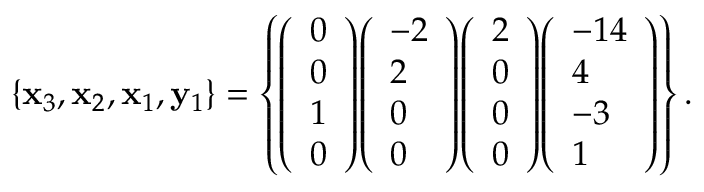
\left\{ \mathbf { x } _ { 3 } , \mathbf { x } _ { 2 } , \mathbf { x } _ { 1 } , \mathbf { y } _ { 1 } \right\} = \left\{ { \left( \begin{array} { l } { 0 } \\ { 0 } \\ { 1 } \\ { 0 } \end{array} \right) } { \left( \begin{array} { l } { - 2 } \\ { 2 } \\ { 0 } \\ { 0 } \end{array} \right) } { \left( \begin{array} { l } { 2 } \\ { 0 } \\ { 0 } \\ { 0 } \end{array} \right) } { \left( \begin{array} { l } { - 1 4 } \\ { 4 } \\ { - 3 } \\ { 1 } \end{array} \right) } \right\} .